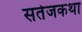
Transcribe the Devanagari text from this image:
सतेजकथा